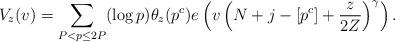
LaTeX: \begin{align*}V_{z}(v)=\sum_{P<p\leq 2P}(\log p)\theta_{z}(p^c)e\left(v\left(N+j-\left[p^{c}\right]+\frac{z}{2Z}\right)^{\gamma}\right).\end{align*}